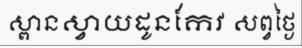
ស្ពានស្វាយដូនកែវ សព្វថ្ងៃ